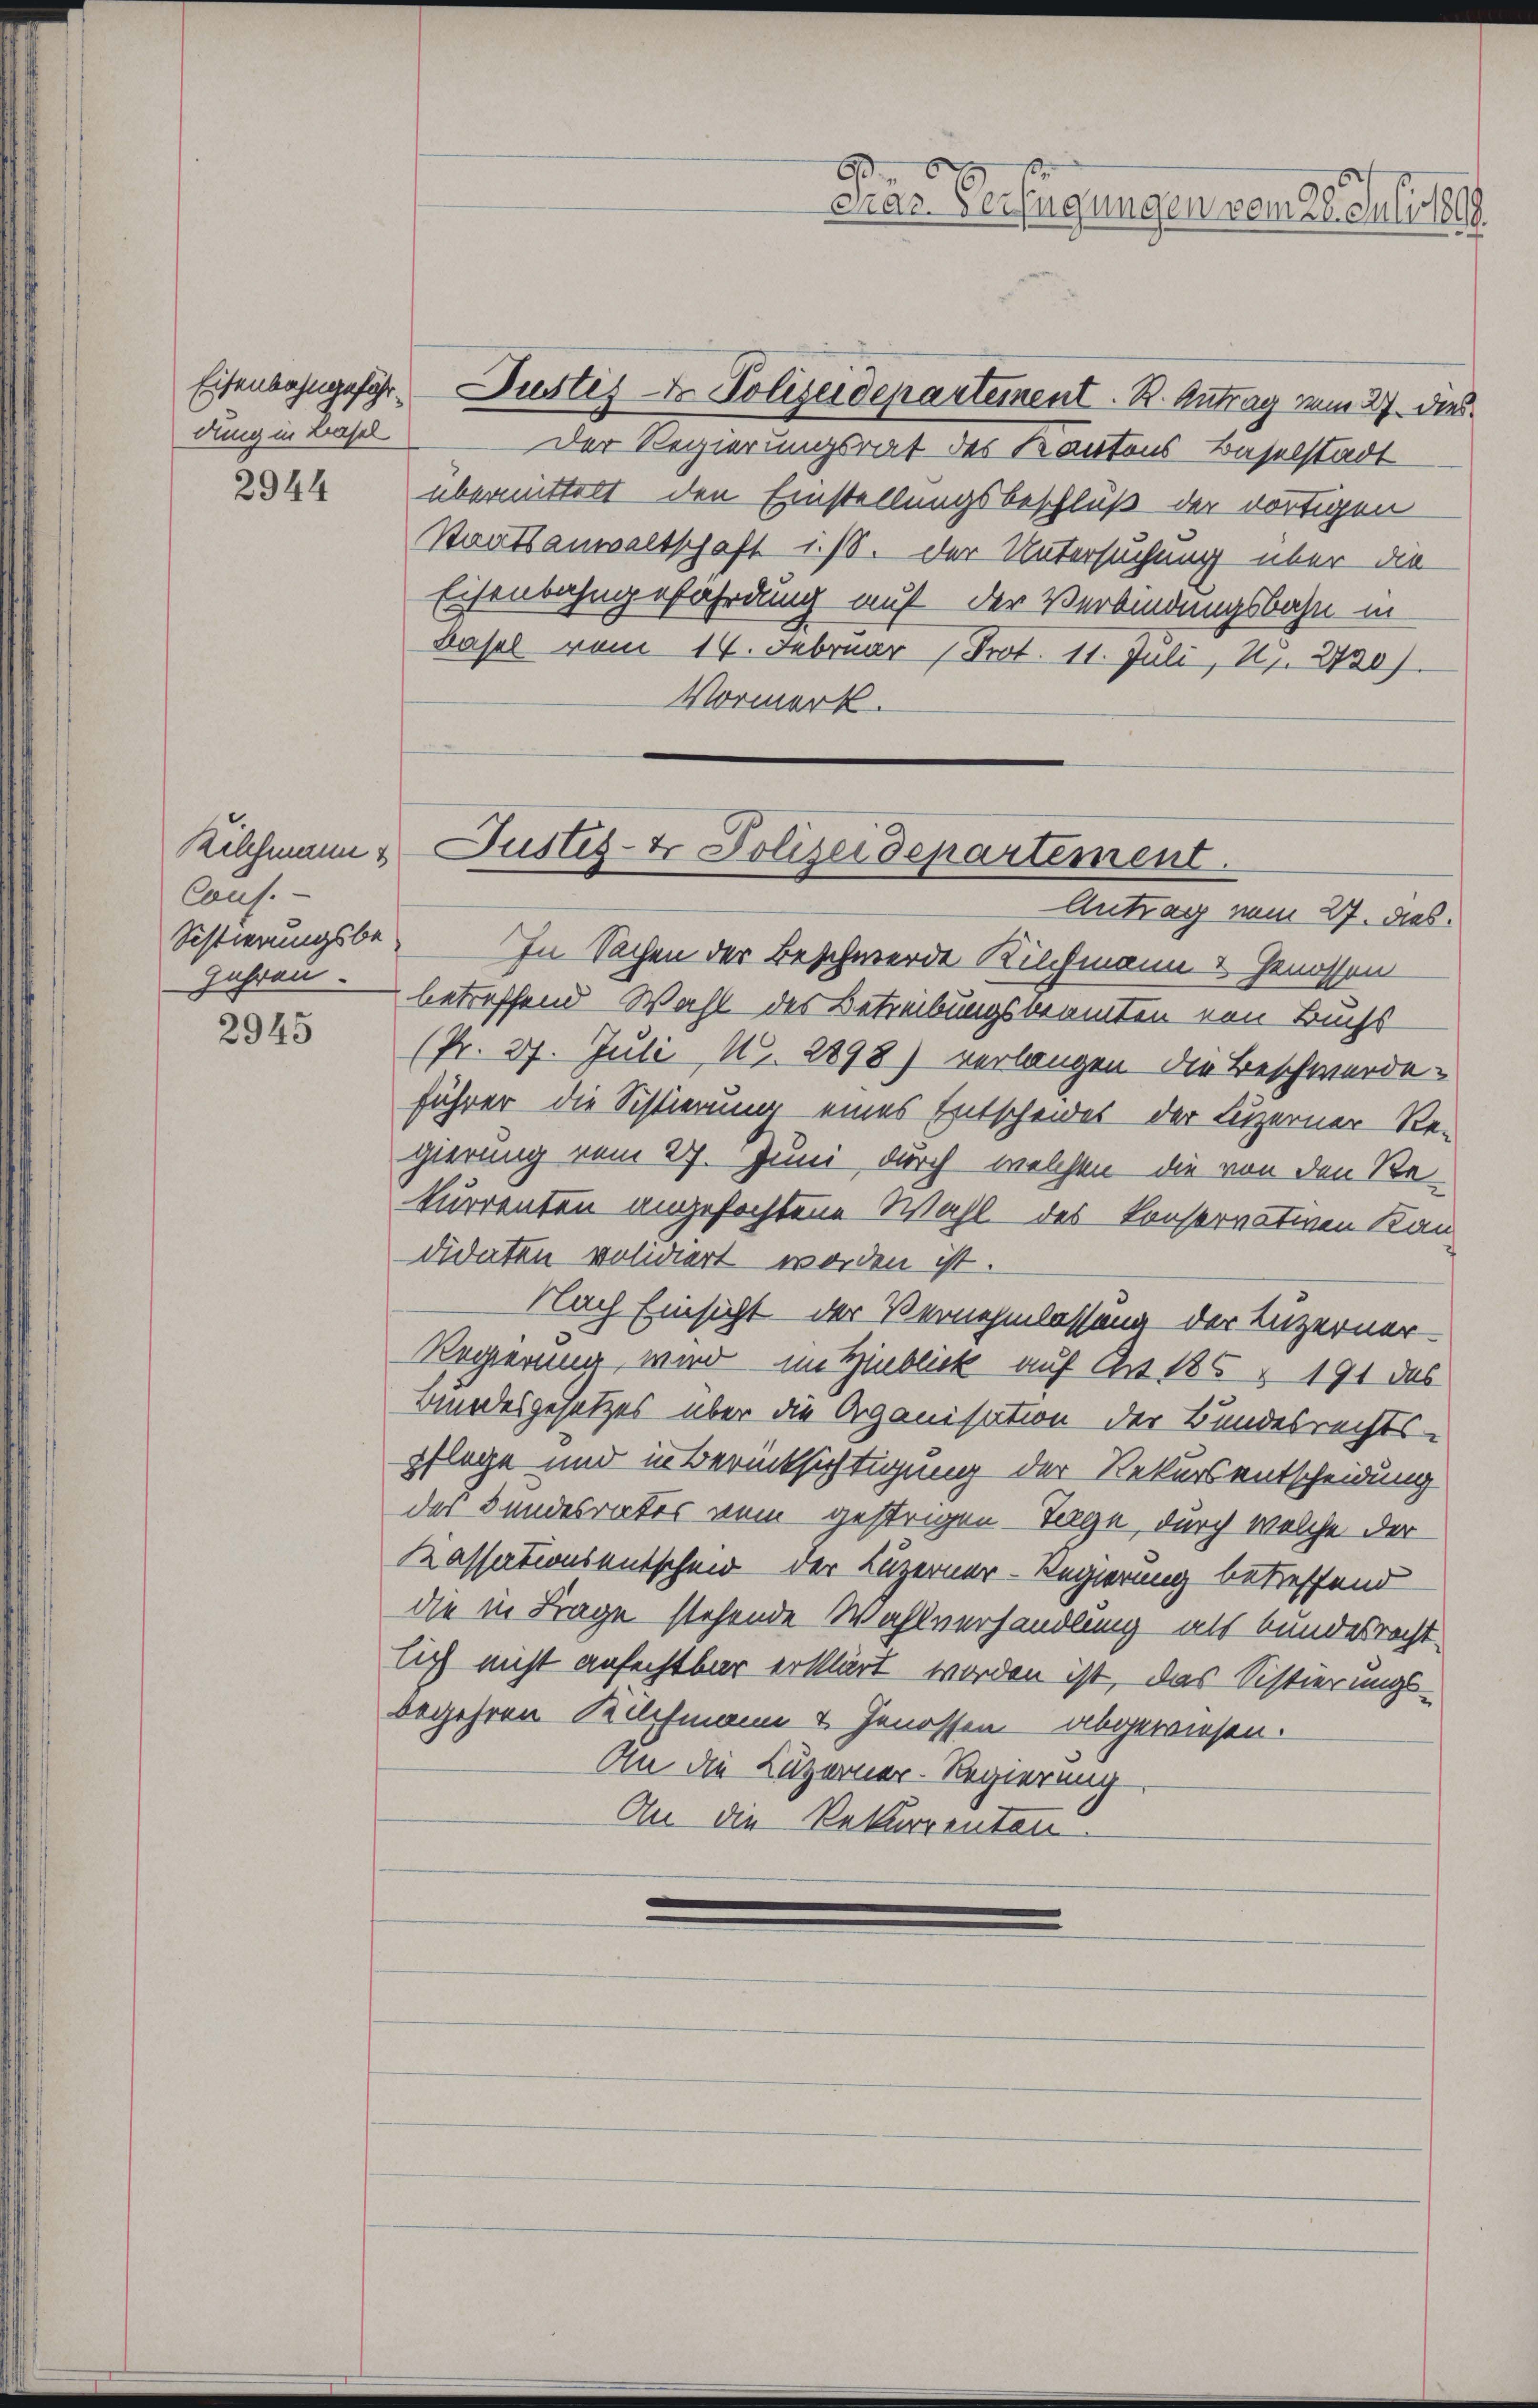
Eisenbahngefährdung in Basel

2944

Caus.
Sistierungsbe-
Jahren.

2945

car. Verfügungen vom 28. Juli 1899.

Justiz - Polizeidepartement. R. Antrag vom 27. dies
Der Regierungsrat des Kantons Baselstadt
übermittelt den Einstellungsbeschluß der dortigen
Staatsanwaltschaft i./8. der Untersuchung über die
Eisenbahngefährdung auf der Verbindungsbahn in
Basel vom 14. Februar Prot. 11. Juli, 21. 2420).
Vormerk.

Kilchmann & Justiz- & Polizeidepartement.
Antrag vom 27. ds.

In Sachen der Beschwerde Kilchmann & Genossen
betreffend Wahl des Betreibungsbeamten von Buchs
(Pr. 27. Juli, N. 2898) verlangen die Beschwerde-
führer die Sistierung eines Entscheides der Luzerner Re-
gierung vom 27. Juni, durch welchen die von den Re-
kurrenten angefochtene Wahl des Konservativen Kan
didaten volidiert worden ist.
Nach Einsicht der Vernehmlassung der Luzerner-
Regierung wird im Hinblick auf Art 185 & 191 des
Bundesgesetzes über die Organisation der Bundesrechts-
pflege und in Berücksichtigung der Rekursentscheidung
des Bundesrates vom gestrigen Tage, durch welche der
Kassationsentscheid der Luzerner-Regierung betreffend
die in Frage stehende Wahlverhandlung als bundesrecht-
lich nicht anfechtbar erklärt worden ist, das Sistierungs-
begehren Kilchmann & Genossen abgewiesen.
An die Luzerner-Regierung
An die Rekurrenten